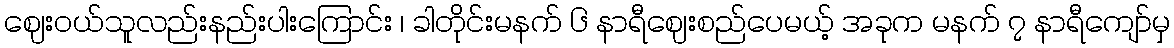
ဈေးဝယ်သူလည်းနည်းပါးကြောင်း ၊ ခါတိုင်းမနက် ၆ နာရီဈေးစည်ပေမယ့် အခုက မနက် ၇ နာရီကျော်မှ